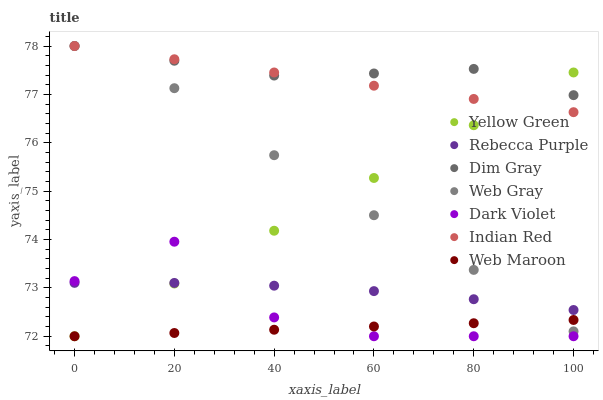
| xaxis_label | Yellow Green | Rebecca Purple | Dim Gray | Web Gray | Dark Violet | Indian Red | Web Maroon |
 | --- | --- | --- | --- | --- | --- | --- | --- |
 | 0 | 72 | 73.1 | 78 | 78 | 73.1 | 78 | 72 |
 | 20 | 73.1 | 73.1 | 77.7 | 77.1 | 74 | 77.7 | 72.1 |
 | 40 | 74.2 | 73 | 77.4 | 75.7 | 72.4 | 77.5 | 72.1 |
 | 60 | 75.3 | 72.9 | 77.4 | 74.5 | 72 | 77.2 | 72.2 |
 | 80 | 76.4 | 72.8 | 77.5 | 73.4 | 72 | 76.9 | 72.3 |
 | 100 | 77.5 | 72.5 | 77 | 72.1 | 72 | 76.6 | 72.3 |